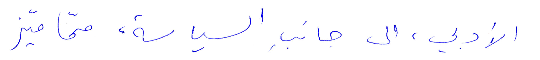
الأدبي، الى جانب السياسة، ممّا ميّز